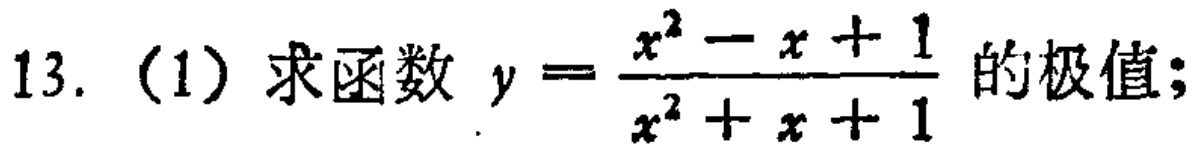
13. (1) 求函数 \(y = \frac{x^{2}-x + 1}{x^{2}+x + 1}\) 的极值;